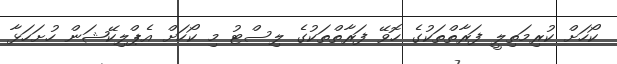
ކޯހަށް ކުރިމަތިލީ ފަރާތްތަކުގެ ހޮވޭ ފަރާތްތަކުގެ ލިސްޓު މި ކޯހަށް އެޕްލިކޭޝަން ހުށަހަޅާ